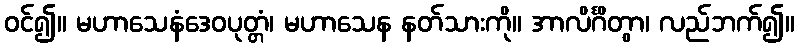
ဝင်၍။ မဟာသေနံဒေဝပုတ္တံ၊ မဟာသေန နတ်သားကို။ အာလိင်္ဂိတွာ၊ လည်ဘက်၍။